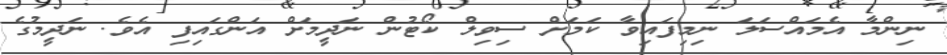
ނިންމާ އެމައްސަލަ ނިމިފައިވާ ކަމަށް ސިވިލް ކޯޓުން ނަދީމަށް އަންގައިފި އެވެ. ނަދީމުގެ